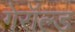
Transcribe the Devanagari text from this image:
गेरॉल्ड